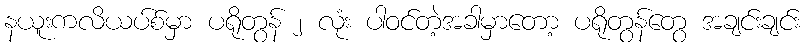
နယူးကလိယပ်စ်မှာ ပရိုတွန် ၂ လုံး ပါဝင်တဲ့အခါမှာတော့ ပရိုတွန်တွေ အချင်းချင်း